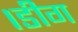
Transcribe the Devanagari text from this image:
।डीग